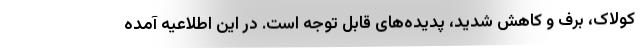
کولاک، برف و کاهش شدید، پدیده‌های قابل توجه است. در این اطلاعیه آمده